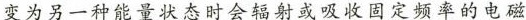
变为另一种能量状态时会辐射或吸收固定频率的电磁